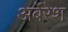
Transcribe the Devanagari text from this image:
अर्बेरेश